V__Kingissepa_nim__kolhoos, lk 51
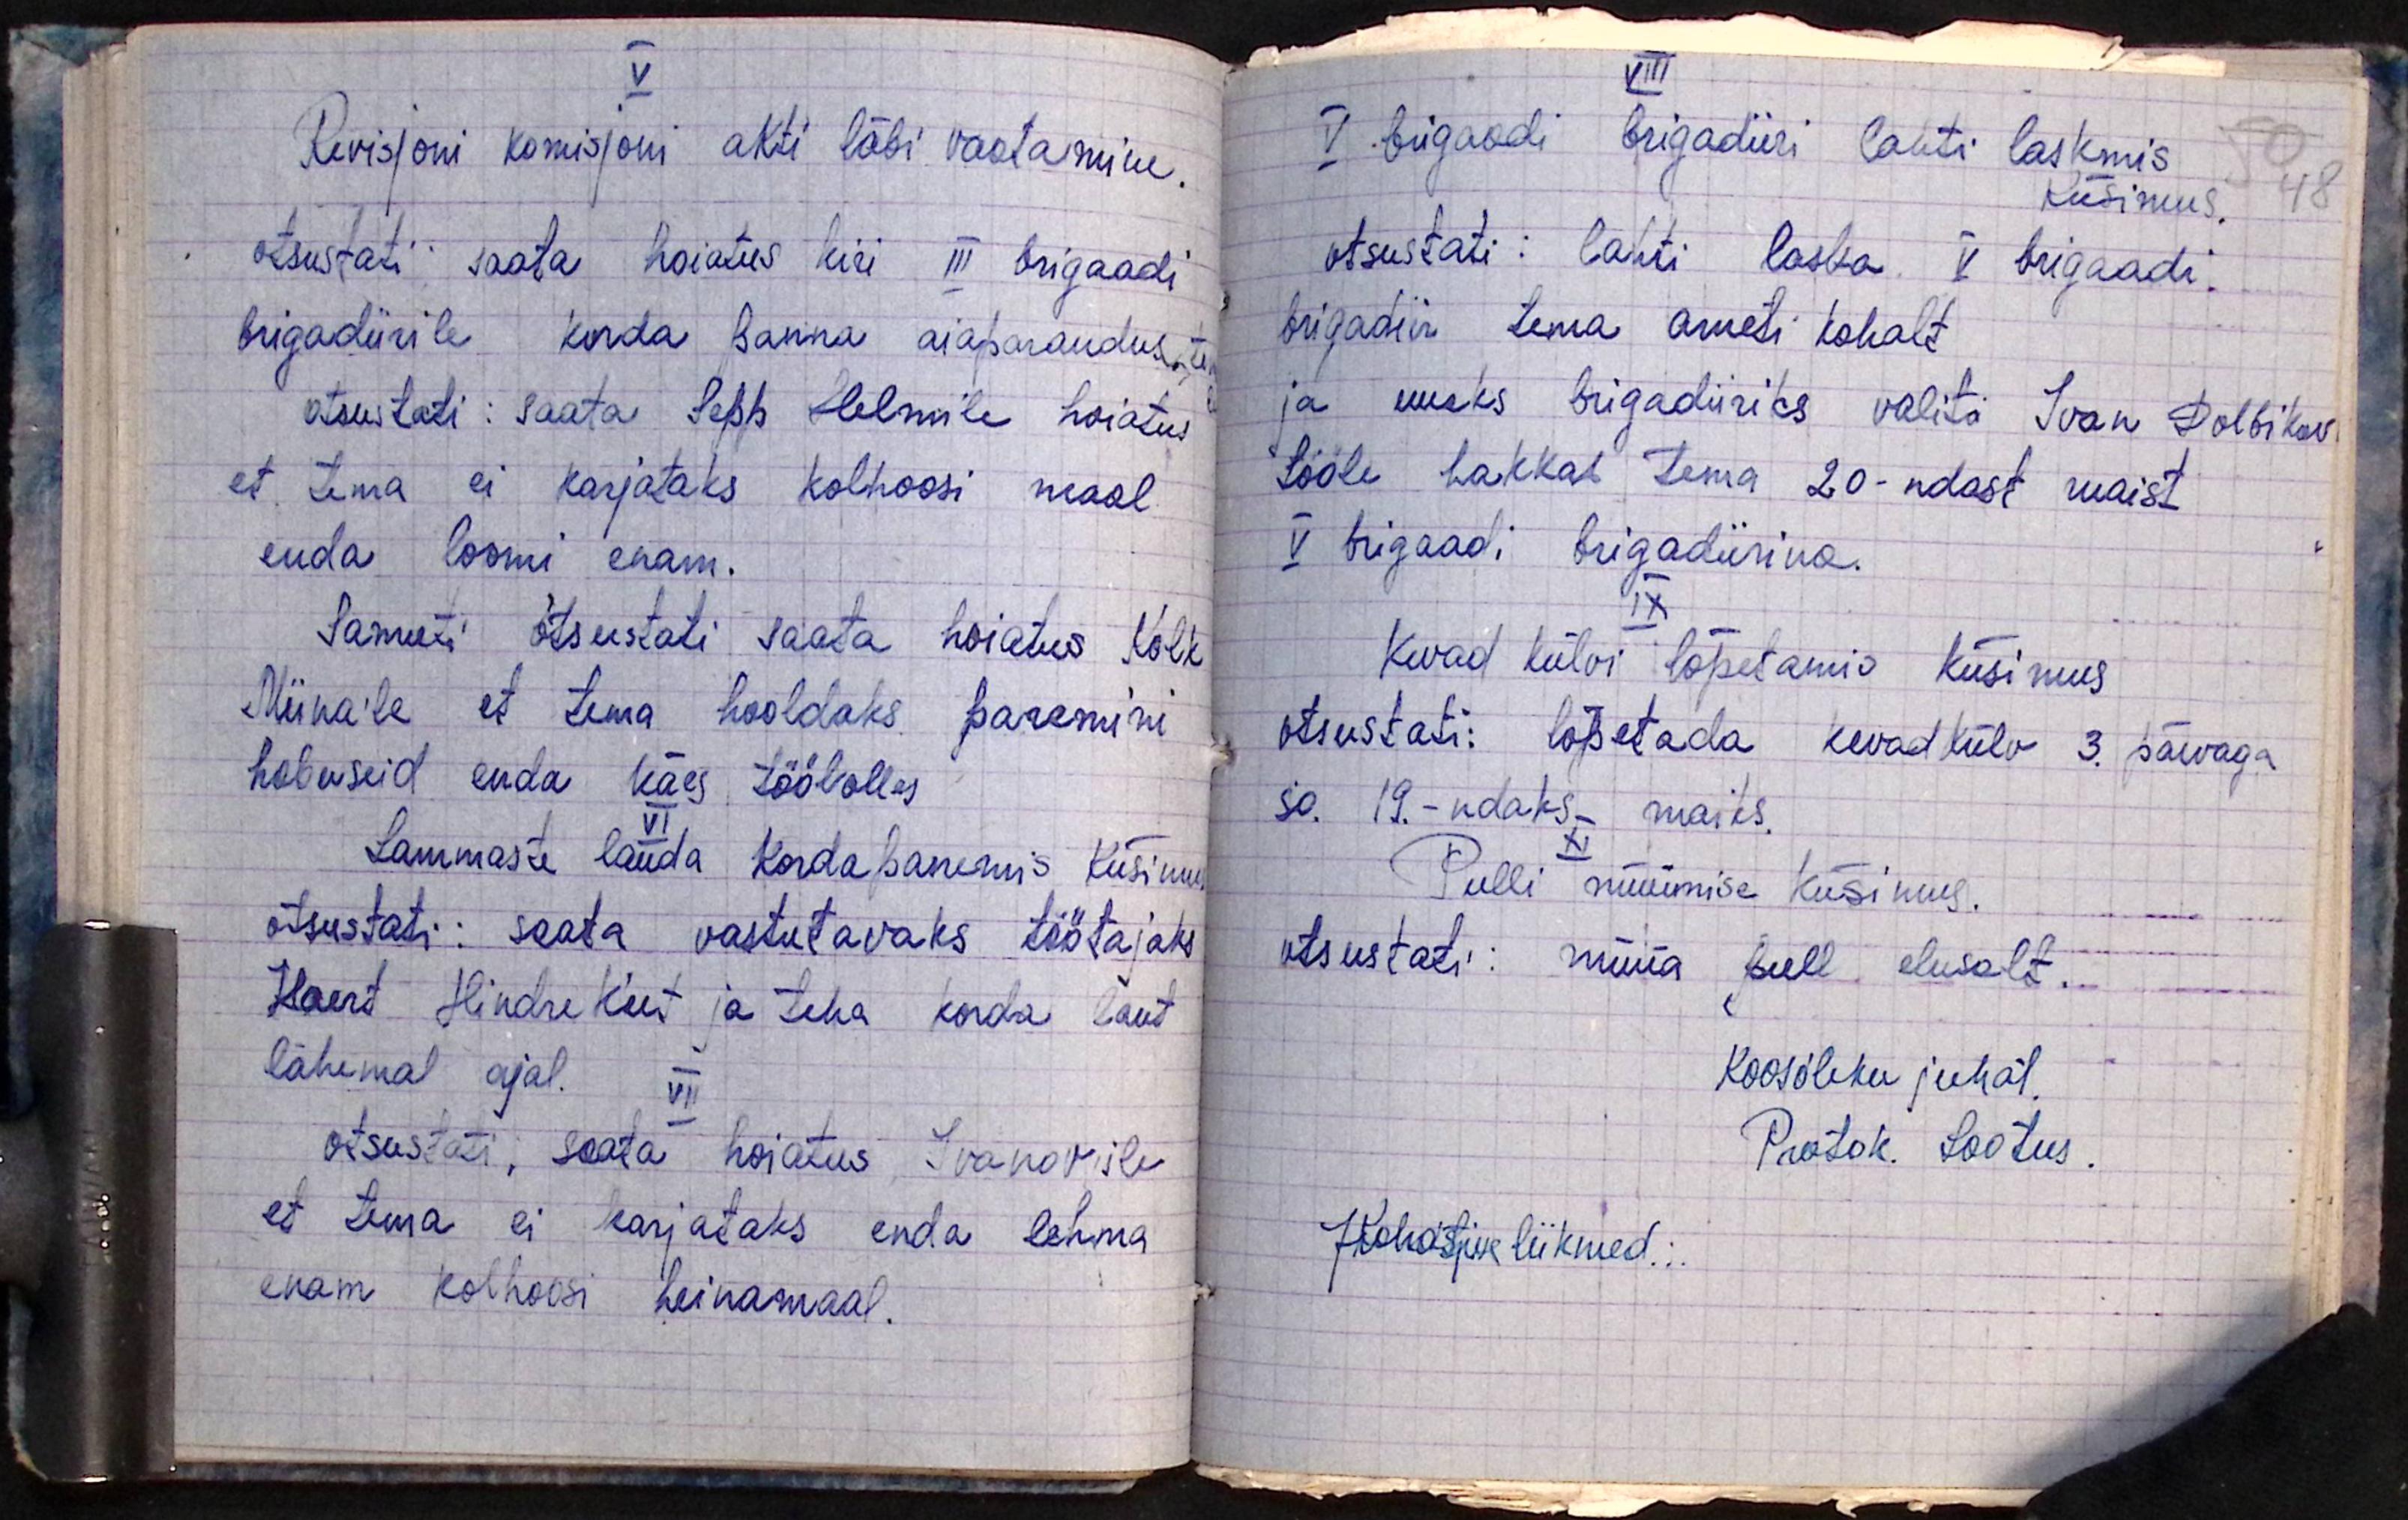
V.
Revisjoni komisjoni akti läbi vaatamine.
otsustati saata hoiatus kiri III brigaadi
brigadiirile korda panna aiaparandus, te
otsustati: saata Sepp Helmile hoiatus
et tema ei karjataks kolhoosi maal
enda loomi enam.
Samuti otsustati saata hoiatus Kolk
Miina'le et tema hooldaks paremini
hobuseid enda käes tööl olles
VI
Lammaste lauda kordapanemis küsimus
otsustati: saata vastutavaks töötajaks
Kaert Hindrek'ut ja teha korda laut
lähemal ajal.
VII
otsustati: saata hoiatus Ivanovile
et tema ei karjataks enda lehma
enam kolhoosi heinamaal.

VIII
V. brigaadi brigadiiri lahti laskmis
Küsimus.
otsustati: lahti lasta V brigaadi
brigadiir tema ameti kohalt
ja uueks brigadiiriks valiti Ivan Dolbikov
tööle hakkab tema 20-ndast maist
V brigaadi brigadiirina
IX
Kevad külvi lõpetamis küsimus
otsustati: lõpetada kevadkülv 3. päevaga
so. 19.-ndaks- maiks.
XI
Pulli müümise küsimus.
otsustati: müüa pull elusalt.
Koosoleku juhat.
Protok. Lootus.
Juhastuse liikmed: